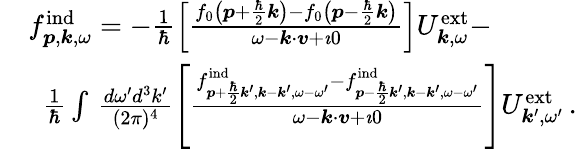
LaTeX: \begin{array}{rl}&{f_{\boldsymbol{p},\boldsymbol{k},\omega}^{\mathrm{ind}}=-\frac{1}{\hbar}\left[\frac{f_{0}\left(\boldsymbol{p}+\frac{\hbar}{2}\boldsymbol{k}\right)-f_{0}\left(\boldsymbol{p}-\frac{\hbar}{2}\boldsymbol{k}\right)}{\omega-\boldsymbol{k}\cdot\boldsymbol{v}+\imath 0}\right]{U}_{\boldsymbol{k},\omega}^{\mathrm{ext}}-}\\ &{\, \, \, \frac{1}{\hbar}\int\, \frac{d\omega^{\prime}d^{3}k^{\prime}}{(2\pi)^{4}}\left[\frac{f_{\boldsymbol{p}+\frac{\hbar}{2}\boldsymbol{k}^{\prime},\boldsymbol{k}-\boldsymbol{k}^{\prime},\omega-\omega^{\prime}}^{\mathrm{ind}}-f_{\boldsymbol{p}-\frac{\hbar}{2}\boldsymbol{k}^{\prime},\boldsymbol{k}-\boldsymbol{k}^{\prime},\omega-\omega^{\prime}}^{\mathrm{ind}}}{\omega-\boldsymbol{k}\cdot\boldsymbol{v}+\imath 0}\right]{U}_{\boldsymbol{k}^{\prime},\omega^{\prime}}^{\mathrm{ext}}\, .}\end{array}